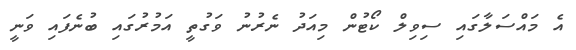
އެ މައްސަލާގައި ސިވިލް ކޯޓުން މިއަދު ނެރުނު ވަގުތީ އަމުރުގައި ބުނެފައި ވަނީ